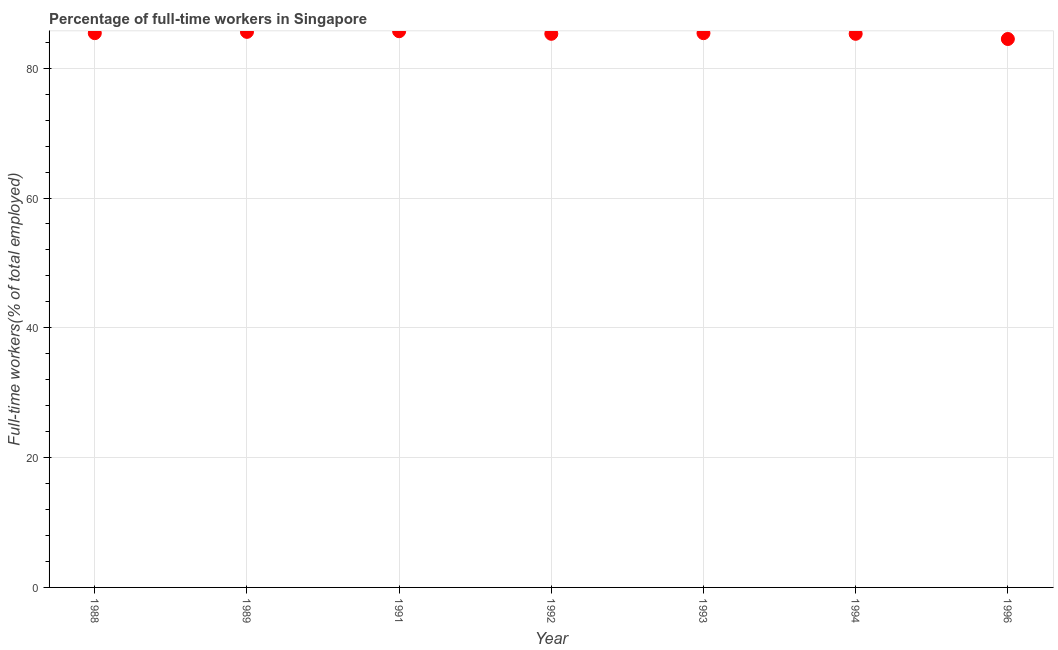
| Year | Wage and salaried workers |
 | --- | --- |
 | 1988 | 85.4 |
 | 1989 | 85.6 |
 | 1991 | 85.7 |
 | 1992 | 85.3 |
 | 1993 | 85.4 |
 | 1994 | 85.3 |
 | 1996 | 84.5 |